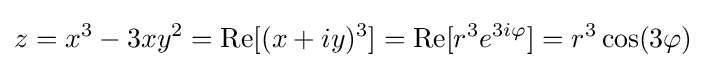
z=x^{3}-3xy^{2}=\operatorname {Re} [(x+iy)^{3}]=\operatorname {Re} [r^{3}e^{3i\varphi }]=r^{3}\cos(3\varphi )